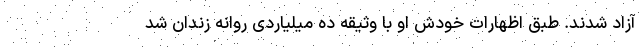
آزاد شدند. طبق اظهارات خودش او با وثیقه ده میلیاردی روانه زندان شد